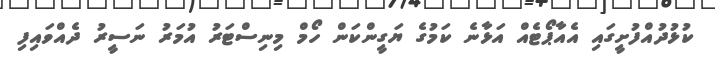
ކުޅުދުއްފުށީގައި އެއާޕޯޓެއް އަޅާނެ ކަމުގެ ޔަގީންކަން ހޯމް މިނިސްޓަރު އުމަރު ނަސީރު ދެއްވައިފި